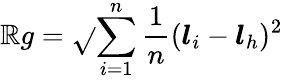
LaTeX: \mathbb{R}g=\sqrt{}{{\sum_{i=1}^{n}{\frac{{1}}{{n}}(\boldsymbol{l}_{i}-\boldsymbol{l}_{h})^{2}}}}